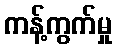
ကန့်ကွက်မှု